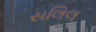
સલિલ